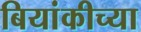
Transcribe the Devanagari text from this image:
बियांकीच्या